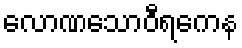
လောဏသောဝီရကေန